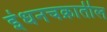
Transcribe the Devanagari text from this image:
इंधनचक्रातील